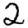
Digit: 2